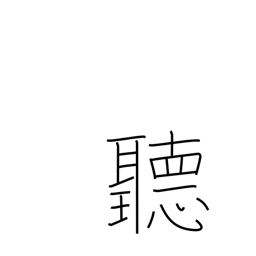
Meaning: careful enquiry